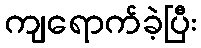
ကျရောက်ခဲ့ပြီး